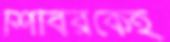
শিবিরকেই